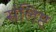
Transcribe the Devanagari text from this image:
संलिष्ट